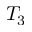
T _ { 3 }